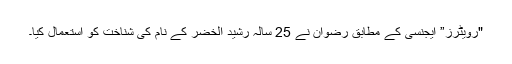
"رویٹرز” ایجنسی کے مطابق رضوان نے 25 سالہ رشید الخضر کے نام کی شناخت کو استعمال کیا۔